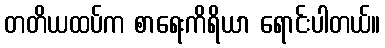
တတိယထပ်က စာရေးကိရိယာ ရောင်းပါတယ်။